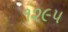
૧૨૯૫